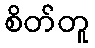
စိတ်တူ